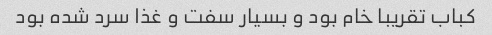
کباب تقریبا خام بود و بسیار سفت و غذا سرد شده بود